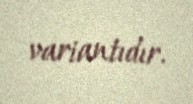
variantıdır.